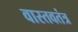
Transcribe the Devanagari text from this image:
वास्तवतंत्र